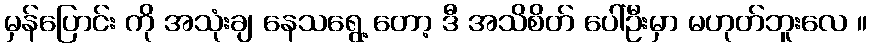
မှန်ပြောင်း ကို အသုံးချ နေသရွေ့ တော့ ဒီ အသိစိတ် ပေါ်ဦးမှာ မဟုတ်ဘူးလေ ။